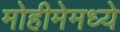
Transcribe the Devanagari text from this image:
मोहीमेमध्ये